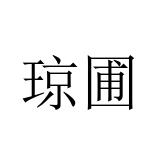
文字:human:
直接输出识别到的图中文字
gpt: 琼圃